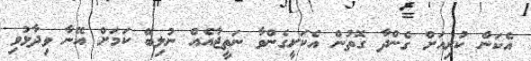
އެކަން ކުރިއަށް ގެންދާ ގޮތުން އެކަށީގެންވާ ނަތީޖާއެއް ނުލިބޭ ކަމަށް އޭނާ ވިދާޅުވި